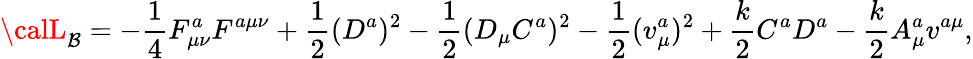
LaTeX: {\calL}_{\mathcal{B}}=-\frac{{1}}{{4}}F_{\mu\nu}^{a}F^{a\mu\nu}+\frac{{1}}{{2}}(D^{a})^{2}-\frac{{1}}{{2}}(D_{\mu}C^{a})^{2}-\frac{{1}}{{2}}(v_{\mu}^{a})^{2}+\frac{{k}}{{2}}C^{a}D^{a}-\frac{{k}}{{2}}A_{\mu}^{a}v^{a\mu},